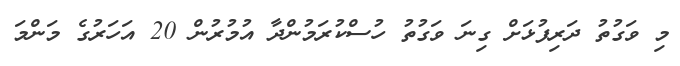
މި ވަގުތު ދަރިފުޅަށް ގިނަ ވަގުތު ހުސްކުރަމުންދާ އުމުރުން 20 އަހަރުގެ މަންމަ